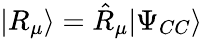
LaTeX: |R_{\mu}\rangle=\hat{R}_{\mu}|\Psi_{CC}\rangle